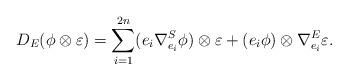
LaTeX: \begin{align*}D_E(\phi\otimes \varepsilon)=\sum_{i=1}^{2n}(e_i\nabla^S_{e_i}\phi)\otimes \varepsilon+(e_i \phi)\otimes \nabla^E_{e_i}\varepsilon. \end{align*}